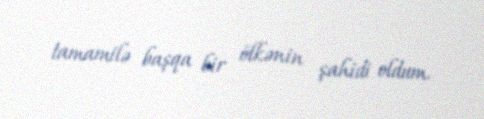
tamamilə başqa bir ölkənin şahidi oldum.